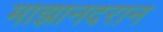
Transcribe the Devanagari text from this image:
माझानदरान